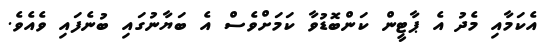
އެކަމާއި މެދު އެ ޕާޓީން ކަންބޮޑުވާ ކަމަށްވެސް އެ ބަޔާނުގައި ބުނެފައި ވެއެވެ.